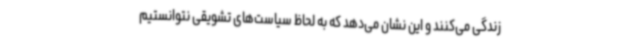
زندگی می‌کنند و این نشان می‌دهد که به لحاظ سیاست‌های تشویقی نتوانستیم